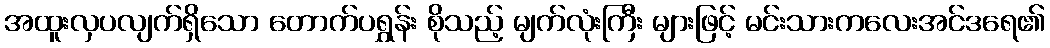
အထူးလှပလျက်ရှိသော တောက်ပရွှန်း စိုသည့် မျက်လုံးကြီး များဖြင့် မင်းသားကလေးအင်ဒရေ၏